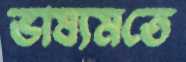
ভাষ্যমতে